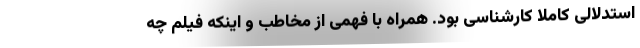
استدلالی کاملا کارشناسی بود. همراه با فهمی از مخاطب و اینکه فیلم چه